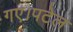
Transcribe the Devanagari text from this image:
गए।पटेल